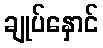
ချုပ်နှောင်